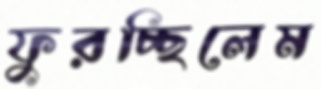
ফুরচ্ছিলেম